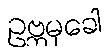
ဥဗ္ဘမုခေါ